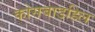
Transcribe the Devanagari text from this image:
कोसबाडहिल